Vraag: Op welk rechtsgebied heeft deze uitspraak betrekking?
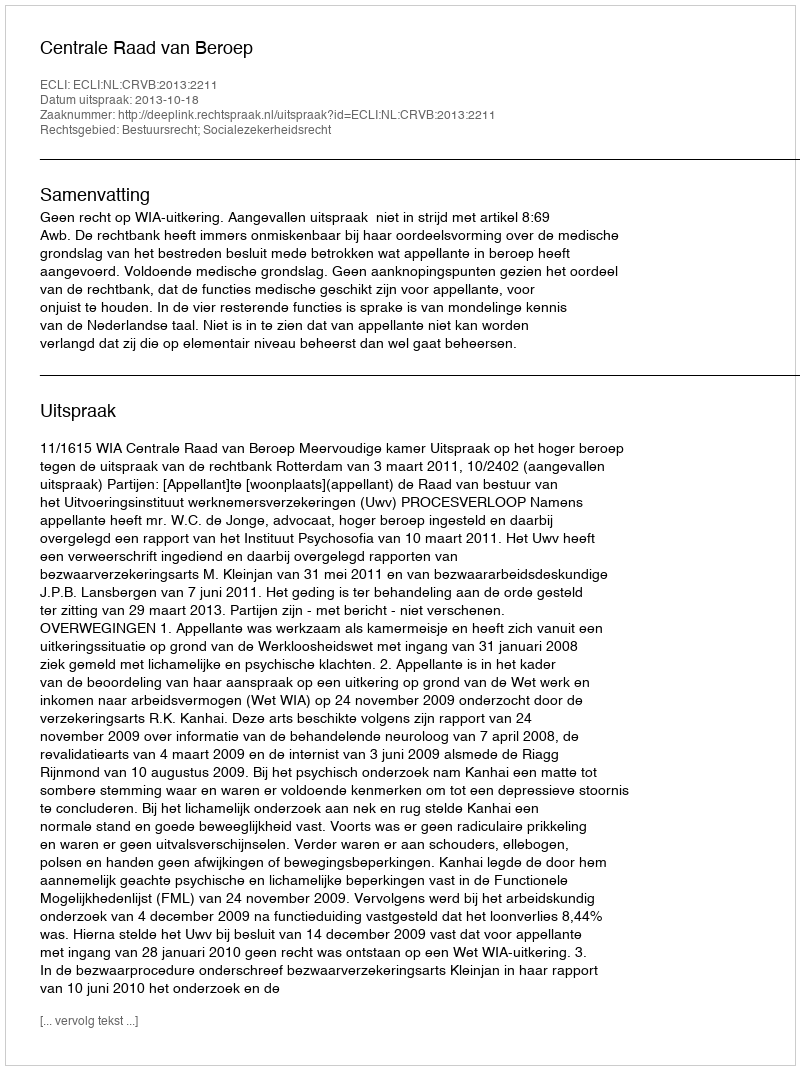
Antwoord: Bestuursrecht; Socialezekerheidsrecht